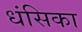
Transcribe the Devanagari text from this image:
धंसिका